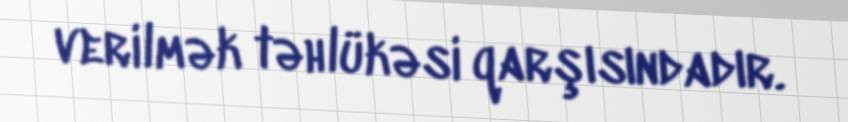
verilmək təhlükəsi qarşısındadır.